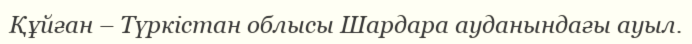
Құйған – Түркістан облысы Шардара ауданындағы ауыл.